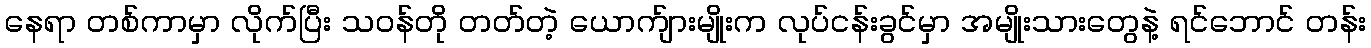
နေရာ တစ်ကာမှာ လိုက်ပြီး သဝန်တို တတ်တဲ့ ယောက်ျားမျိုးက လုပ်ငန်းခွင်မှာ အမျိုးသားတွေနဲ့ ရင်ဘောင် တန်း